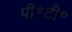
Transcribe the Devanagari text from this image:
पी॰टी॰